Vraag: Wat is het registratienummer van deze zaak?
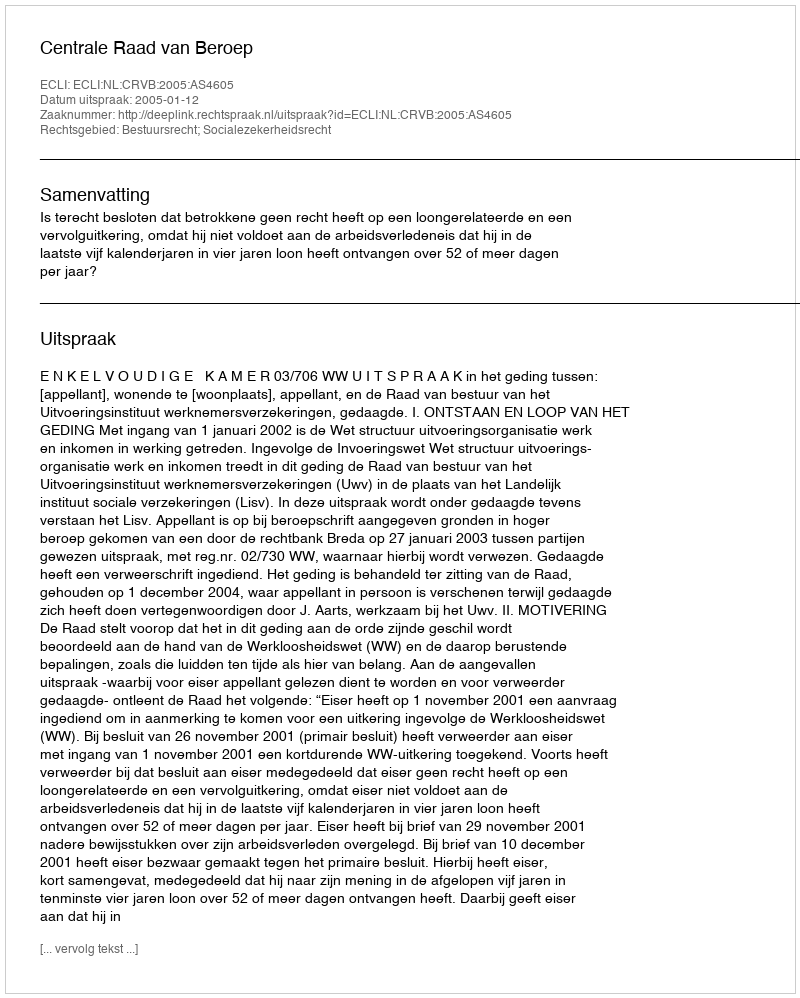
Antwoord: http://deeplink.rechtspraak.nl/uitspraak?id=ECLI:NL:CRVB:2005:AS4605